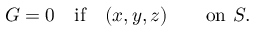
G = 0 \quad { \mathrm { i f } } \quad ( x , y , z ) \qquad { \mathrm { o n ~ } } S .